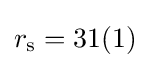
r_{\rm {s}}=31(1)